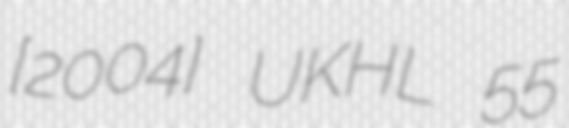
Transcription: [2004] UKHL 55